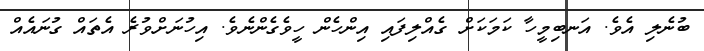
ބުނެލި އެވެ. އަނބިމީހާ ކަމަކަށް ގެއްލިފައި އިންހެން ހީވެގެންނެވެ. އިހުނަށްވުރެ އެތައް ގުނައެއް